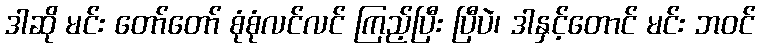
ဒါဆို မင်း တော်တော် စုံစုံလင်လင် ကြည့်ပြီး ပြီပဲ၊ ဒါနှင့်တောင် မင်း ဘဝင်